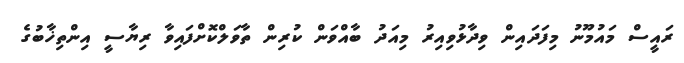
ރައީސް މައުމޫނު މިފަދައިން ވިދާޅުވިއިރު މިއަދު ބާއްވަން ކުރިން ތާވަލްކޮށްފައިވާ ރިޔާސީ އިންތިޚާބުގެ